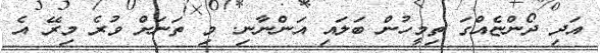
އަދި ދޯންޏެއްގަ ތިމީހުން ބަލައި އަންނާނި. މި ތަނަށް ވުރެ މިރޭ އެ